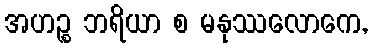
အဟဉ္စ ဘရိယာ စ မနုဿလောကေ,